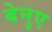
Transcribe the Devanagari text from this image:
बेनुए